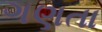
ગણતા